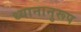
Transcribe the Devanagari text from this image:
ध्यानानुरूप